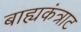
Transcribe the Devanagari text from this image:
बाह्यकंत्राट